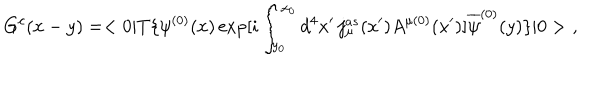
G ^ { c } ( x - y ) = < 0 | T \{ \psi ^ { ( 0 ) } ( x ) \exp [ i \int _ { y _ { 0 } } ^ { x _ { 0 } } d ^ { 4 } x ^ { \prime } \, j _ { \mu } ^ { a s } ( x ^ { \prime } ) A ^ { \mu ( 0 ) } ( x ^ { \prime } ) ] \overline { { { \psi } } } ^ { ( 0 ) } ( y ) \} | 0 > \, \, ,